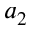
a _ { 2 }